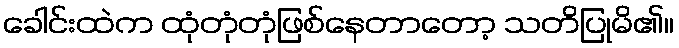
ခေါင်းထဲက ထုံတုံတုံဖြစ်နေတာတော့ သတိပြုမိ၏။